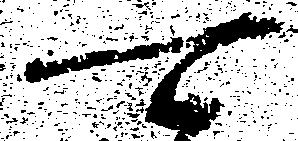
可